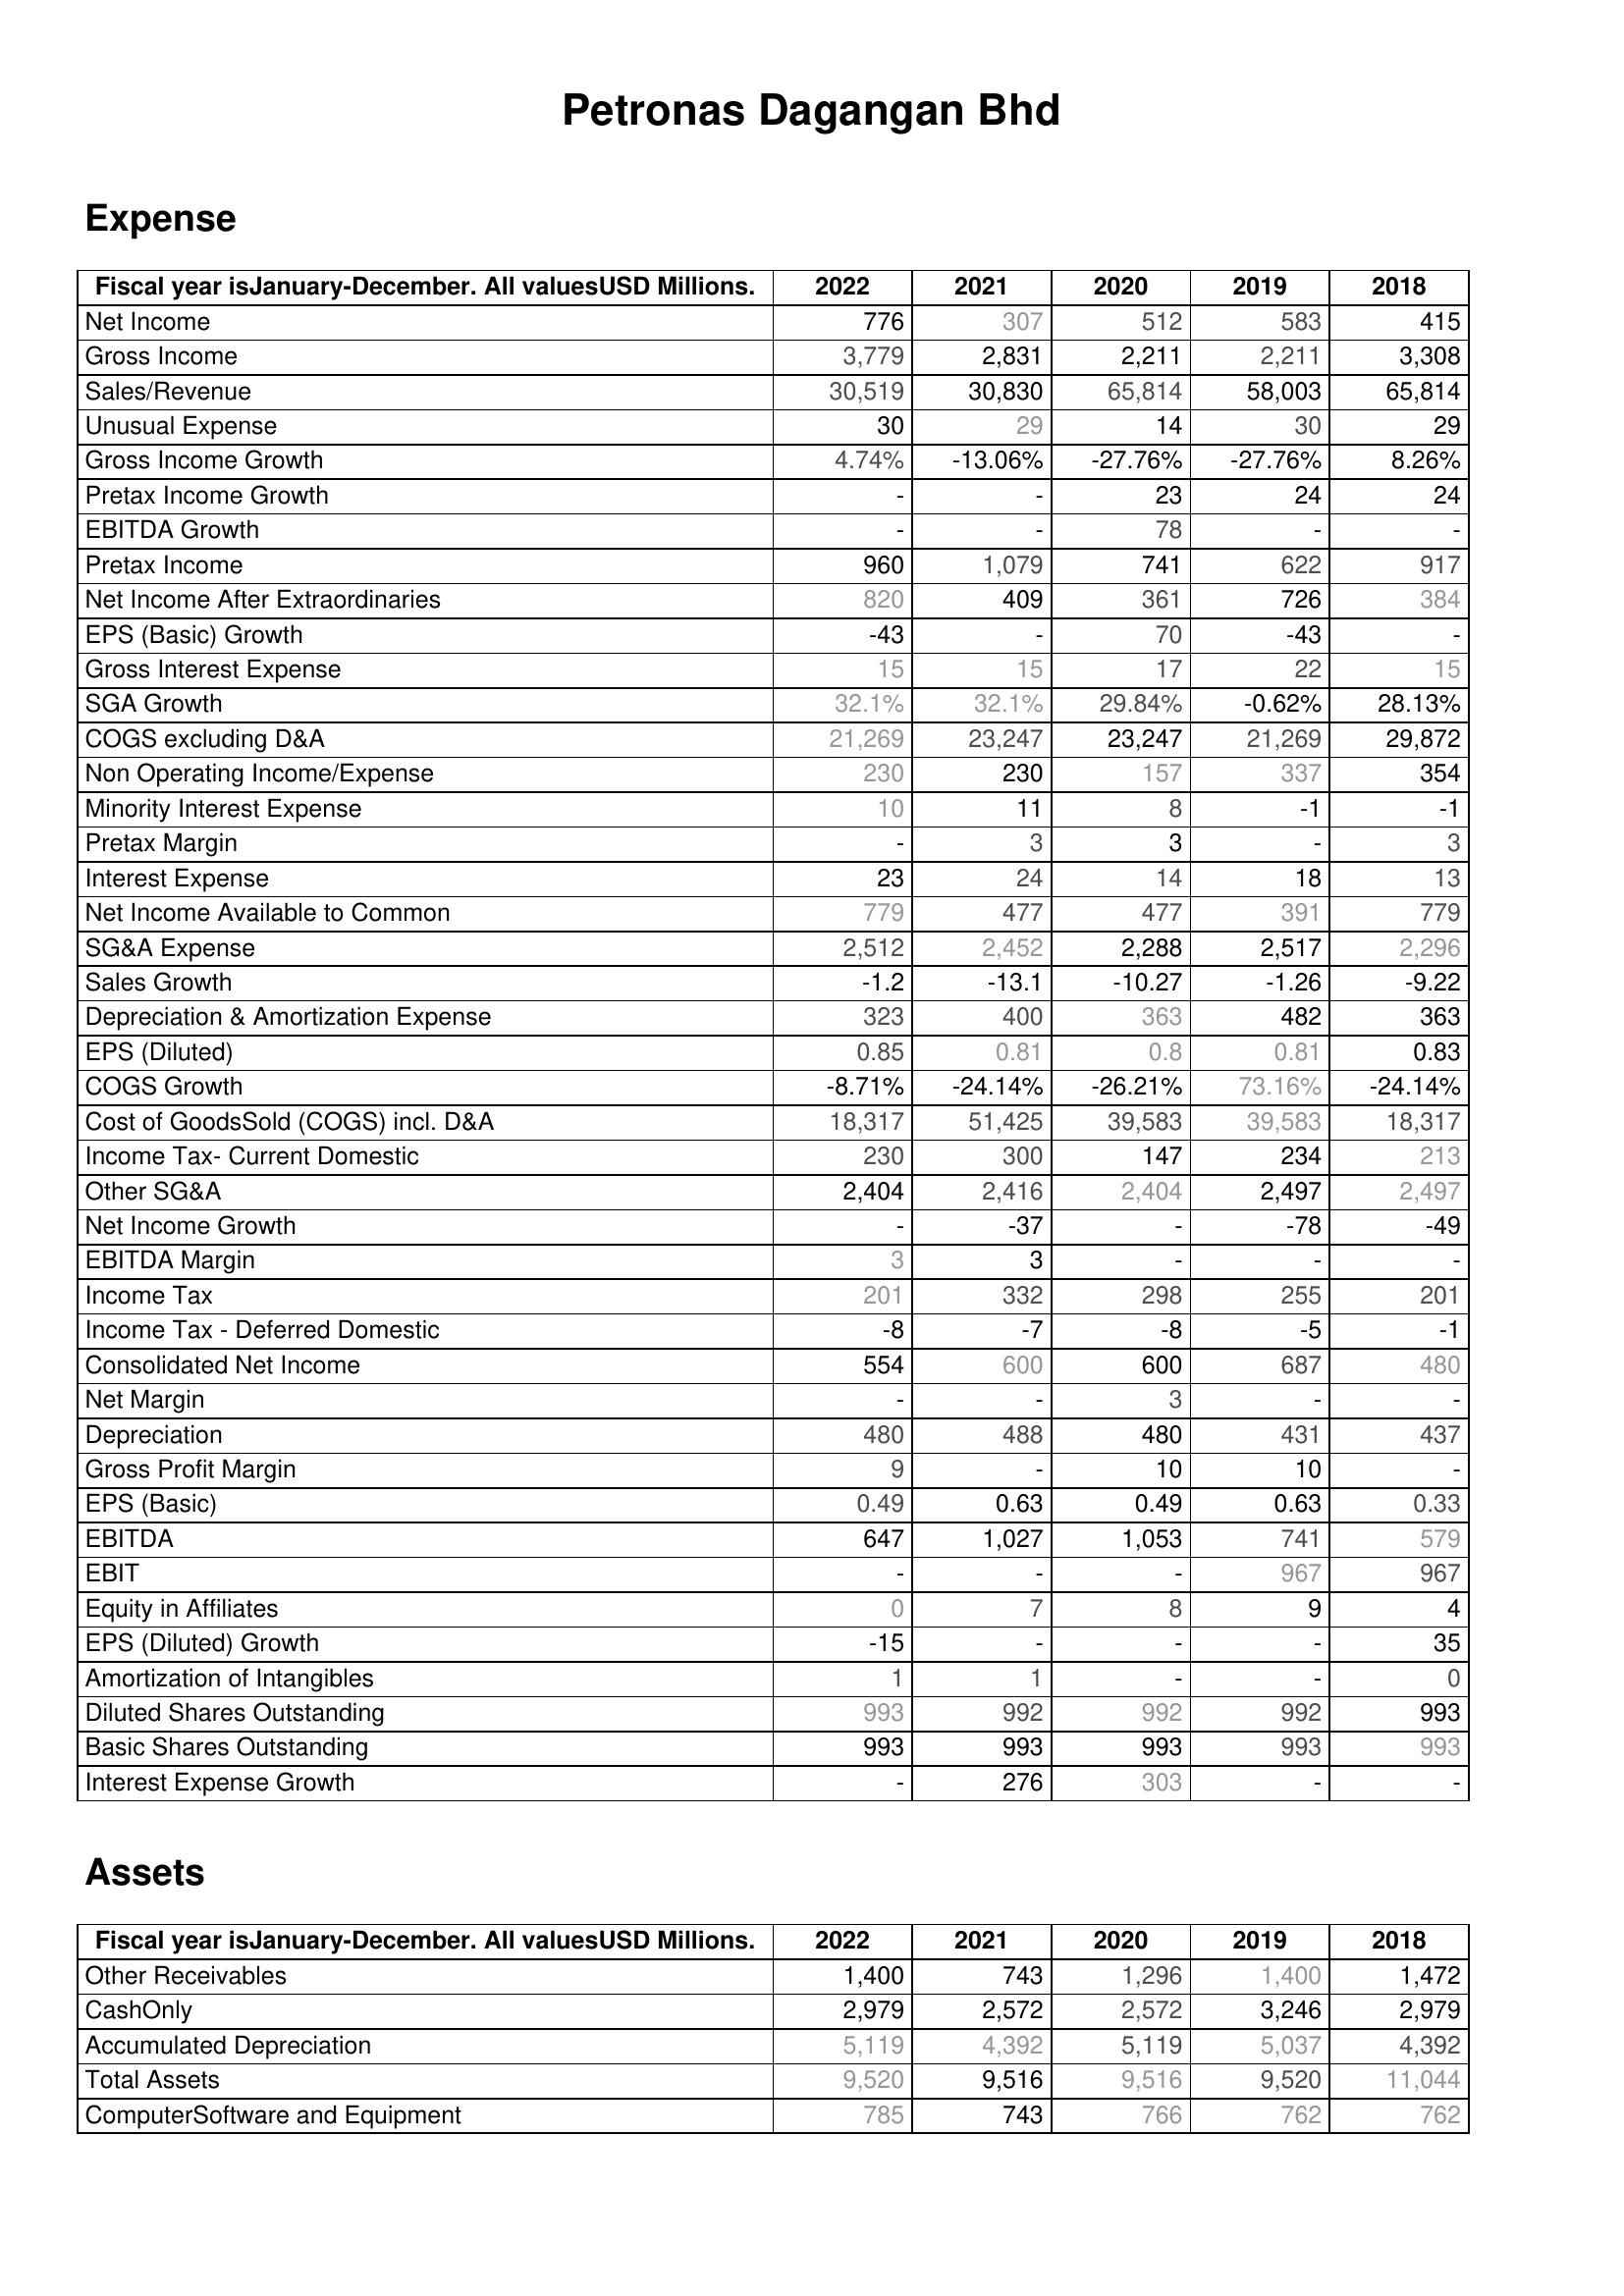
2022: Expense: Net Income: 776
Gross Income: 3,779
Sales/Revenue: 30,519
Unusual Expense: 30
Gross Income Growth: 4.74%
Pretax Income Growth: -
EBITDA Growth: -
Pretax Income: 960
Net Income After Extraordinaries: 820
EPS (Basic) Growth: -43
Gross Interest Expense: 15
SGA Growth: 32.1%
COGS excluding D&A: 21,269
Non Operating Income/Expense: 230
Minority Interest Expense: 10
Pretax Margin: -
Interest Expense: 23
Net Income Available to Common: 779
SG&A Expense: 2,512
Sales Growth: -1.2
Depreciation & Amortization Expense: 323
EPS (Diluted): 0.85
COGS Growth: -8.71%
Cost of GoodsSold (COGS) incl. D&A: 18,317
Income Tax- Current Domestic: 230
Other SG&A: 2,404
Net Income Growth: -
EBITDA Margin: 3
Income Tax: 201
Income Tax - Deferred Domestic: -8
Consolidated Net Income: 554
Net Margin: -
Depreciation: 480
Gross Profit Margin: 9
EPS (Basic): 0.49
EBITDA: 647
EBIT: -
Equity in Affiliates: 0
EPS (Diluted) Growth: -15
Amortization of Intangibles: 1
Diluted Shares Outstanding: 993
Basic Shares Outstanding: 993
Interest Expense Growth: -
Assets: Other Receivables: 1,400
CashOnly: 2,979
Accumulated Depreciation: 5,119
Total Assets: 9,520
ComputerSoftware and Equipment: 785
2021: Expense: Net Income: 307
Gross Income: 2,831
Sales/Revenue: 30,830
Unusual Expense: 29
Gross Income Growth: -13.06%
Pretax Income Growth: -
EBITDA Growth: -
Pretax Income: 1,079
Net Income After Extraordinaries: 409
EPS (Basic) Growth: -
Gross Interest Expense: 15
SGA Growth: 32.1%
COGS excluding D&A: 23,247
Non Operating Income/Expense: 230
Minority Interest Expense: 11
Pretax Margin: 3
Interest Expense: 24
Net Income Available to Common: 477
SG&A Expense: 2,452
Sales Growth: -13.1
Depreciation & Amortization Expense: 400
EPS (Diluted): 0.81
COGS Growth: -24.14%
Cost of GoodsSold (COGS) incl. D&A: 51,425
Income Tax- Current Domestic: 300
Other SG&A: 2,416
Net Income Growth: -37
EBITDA Margin: 3
Income Tax: 332
Income Tax - Deferred Domestic: -7
Consolidated Net Income: 600
Net Margin: -
Depreciation: 488
Gross Profit Margin: -
EPS (Basic): 0.63
EBITDA: 1,027
EBIT: -
Equity in Affiliates: 7
EPS (Diluted) Growth: -
Amortization of Intangibles: 1
Diluted Shares Outstanding: 992
Basic Shares Outstanding: 993
Interest Expense Growth: 276
Assets: Other Receivables: 743
CashOnly: 2,572
Accumulated Depreciation: 4,392
Total Assets: 9,516
ComputerSoftware and Equipment: 743
2020: Expense: Net Income: 512
Gross Income: 2,211
Sales/Revenue: 65,814
Unusual Expense: 14
Gross Income Growth: -27.76%
Pretax Income Growth: 23
EBITDA Growth: 78
Pretax Income: 741
Net Income After Extraordinaries: 361
EPS (Basic) Growth: 70
Gross Interest Expense: 17
SGA Growth: 29.84%
COGS excluding D&A: 23,247
Non Operating Income/Expense: 157
Minority Interest Expense: 8
Pretax Margin: 3
Interest Expense: 14
Net Income Available to Common: 477
SG&A Expense: 2,288
Sales Growth: -10.27
Depreciation & Amortization Expense: 363
EPS (Diluted): 0.8
COGS Growth: -26.21%
Cost of GoodsSold (COGS) incl. D&A: 39,583
Income Tax- Current Domestic: 147
Other SG&A: 2,404
Net Income Growth: -
EBITDA Margin: -
Income Tax: 298
Income Tax - Deferred Domestic: -8
Consolidated Net Income: 600
Net Margin: 3
Depreciation: 480
Gross Profit Margin: 10
EPS (Basic): 0.49
EBITDA: 1,053
EBIT: -
Equity in Affiliates: 8
EPS (Diluted) Growth: -
Amortization of Intangibles: -
Diluted Shares Outstanding: 992
Basic Shares Outstanding: 993
Interest Expense Growth: 303
Assets: Other Receivables: 1,296
CashOnly: 2,572
Accumulated Depreciation: 5,119
Total Assets: 9,516
ComputerSoftware and Equipment: 766
2019: Expense: Net Income: 583
Gross Income: 2,211
Sales/Revenue: 58,003
Unusual Expense: 30
Gross Income Growth: -27.76%
Pretax Income Growth: 24
EBITDA Growth: -
Pretax Income: 622
Net Income After Extraordinaries: 726
EPS (Basic) Growth: -43
Gross Interest Expense: 22
SGA Growth: -0.62%
COGS excluding D&A: 21,269
Non Operating Income/Expense: 337
Minority Interest Expense: -1
Pretax Margin: -
Interest Expense: 18
Net Income Available to Common: 391
SG&A Expense: 2,517
Sales Growth: -1.26
Depreciation & Amortization Expense: 482
EPS (Diluted): 0.81
COGS Growth: 73.16%
Cost of GoodsSold (COGS) incl. D&A: 39,583
Income Tax- Current Domestic: 234
Other SG&A: 2,497
Net Income Growth: -78
EBITDA Margin: -
Income Tax: 255
Income Tax - Deferred Domestic: -5
Consolidated Net Income: 687
Net Margin: -
Depreciation: 431
Gross Profit Margin: 10
EPS (Basic): 0.63
EBITDA: 741
EBIT: 967
Equity in Affiliates: 9
EPS (Diluted) Growth: -
Amortization of Intangibles: -
Diluted Shares Outstanding: 992
Basic Shares Outstanding: 993
Interest Expense Growth: -
Assets: Other Receivables: 1,400
CashOnly: 3,246
Accumulated Depreciation: 5,037
Total Assets: 9,520
ComputerSoftware and Equipment: 762
2018: Expense: Net Income: 415
Gross Income: 3,308
Sales/Revenue: 65,814
Unusual Expense: 29
Gross Income Growth: 8.26%
Pretax Income Growth: 24
EBITDA Growth: -
Pretax Income: 917
Net Income After Extraordinaries: 384
EPS (Basic) Growth: -
Gross Interest Expense: 15
SGA Growth: 28.13%
COGS excluding D&A: 29,872
Non Operating Income/Expense: 354
Minority Interest Expense: -1
Pretax Margin: 3
Interest Expense: 13
Net Income Available to Common: 779
SG&A Expense: 2,296
Sales Growth: -9.22
Depreciation & Amortization Expense: 363
EPS (Diluted): 0.83
COGS Growth: -24.14%
Cost of GoodsSold (COGS) incl. D&A: 18,317
Income Tax- Current Domestic: 213
Other SG&A: 2,497
Net Income Growth: -49
EBITDA Margin: -
Income Tax: 201
Income Tax - Deferred Domestic: -1
Consolidated Net Income: 480
Net Margin: -
Depreciation: 437
Gross Profit Margin: -
EPS (Basic): 0.33
EBITDA: 579
EBIT: 967
Equity in Affiliates: 4
EPS (Diluted) Growth: 35
Amortization of Intangibles: 0
Diluted Shares Outstanding: 993
Basic Shares Outstanding: 993
Interest Expense Growth: -
Assets: Other Receivables: 1,472
CashOnly: 2,979
Accumulated Depreciation: 4,392
Total Assets: 11,044
ComputerSoftware and Equipment: 762